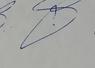
Signature authenticity: genuine